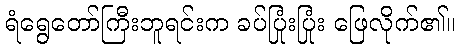
ရံရွေတော်ကြီးဘူရင်းက ခပ်ပြုံးပြုံး ဖြေလိုက်၏။